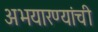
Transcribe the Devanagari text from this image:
अभयारण्यांची